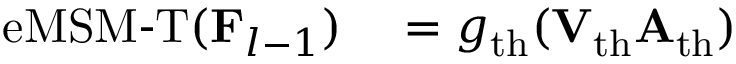
\begin{array} { r l } { \operatorname { e M S M - T } ( \mathbf { F } _ { l - 1 } ) } & { { } = g _ { \mathrm { t h } } ( \mathbf { V } _ { \mathrm { t h } } \mathbf { A } _ { \mathrm { t h } } ) } \end{array}